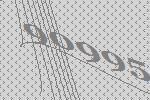
90995